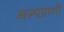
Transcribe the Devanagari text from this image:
अल्पप्राणी